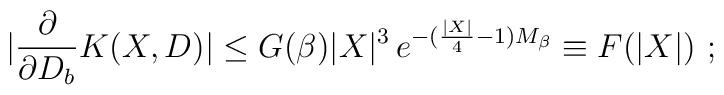
\left.  |\frac{\partial}{\partial D_{b}} K(X,D)| \leq G(\beta) |X|^{3} \, e^{-(\frac{|X|}{4} - 1) M_{\beta} } \equiv  F(|X|) \ ; \right.